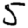
Digit: 5